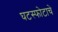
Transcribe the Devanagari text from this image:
घटस्फोटाचे